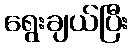
ရွေးချယ်ပြီး